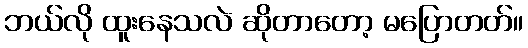
ဘယ်လို ထူးနေသလဲ ဆိုတာတော့ မပြောတတ်။